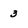
Character: 3